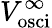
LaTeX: V_{\mathrm{osci}}^{\infty}